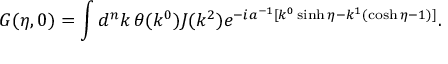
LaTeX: G ( \eta , 0 ) = \int d ^ { n } k \, \theta ( k ^ { 0 } ) J ( k ^ { 2 } ) e ^ { - i a ^ { - 1 } [ k ^ { 0 } \sinh \eta - k ^ { 1 } ( \cosh \eta - 1 ) ] } .